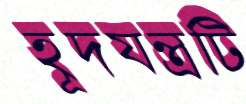
হূদযন্ত্রটি